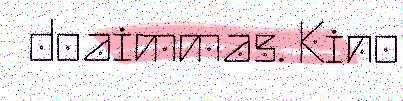
doaimmas. Kino